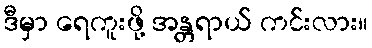
ဒီမှာ ရေကူးဖို့ အန္တရာယ် ကင်းလား။